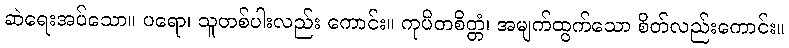
ဆဲရေးအပ်သော။ ပရော၊ သူတစ်ပါးလည်း ကောင်း။ ကုပိတစိတ္တံ၊ အမျက်ထွက်သော စိတ်လည်းကောင်း။